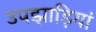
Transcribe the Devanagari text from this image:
उपझाड़ियां